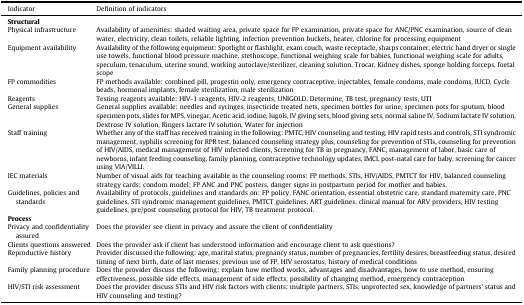
<table><thead><tr><td><b>Indicator</b></td><td><b>Definition of indicators</b></td></tr></thead><tbody><tr><td colspan="2"><b>Structural</b></td></tr><tr><td>Physical infrastructure</td><td>Availability of amenities: shaded waiting area, private space for FP examination, private space for ANC/PNC examination, source of clean water, electricity, clean toilets, reliable lighting, infection prevention buckets, heater, chlorine for processing equipment</td></tr><tr><td>Equipment availability</td><td>Availability of the following equipment: Spotlight or flashlight, exam couch, waste receptacle, sharps container, electric hand dryer or single use towels, functional blood pressure machine, stethoscope, functional weighing scale for babies, functional weighing scale for adults, speculum, tenaculum, uterine sound, working autoclave/sterilizer, cleaning solution, Trocar, Kidney dishes, sponge holding forceps, foetal scope</td></tr><tr><td>FP commodities</td><td>FP methods available: combined pill, progestin only, emergency contraceptive, injectables, female condoms, male condoms, IUCD, Cycle beads, hormonal implants, female sterilization, male sterilization</td></tr><tr><td>Reagents</td><td>Testing reagents available: HIV-1 reagents, HIV-2 reagents, UNIGOLD, Determine, TB test, pregnancy tests, UTI</td></tr><tr><td>General supplies</td><td>General supplies available: needles and syringes, insecticide treated nets, specimen bottles for urine, specimen pots for sputum, blood specimen pots, slides for MPS, vinegar, Acetic acid, iodine, lugols, IV giving sets, blood giving sets, normal saline IV, Sodium lactate IV solution, Dextrose IV solution, Ringers lactate IV solution, Water for injection</td></tr><tr><td>Staff training</td><td>Whether any of the staff has received training in the following: PMTC, HIV counseling and testing, HIV rapid tests and controls, STI syndromic management, syphilis screening for RPR test, balanced counseling strategy plus, counseling for prevention of STIs, counseling for prevention of HIV/AIDS, medical management of HIV infected clients, Screening for TB in pregnancy, FANC, management of labor, basic care of newborns, infant feeding counseling, family planning, contraceptive technology updates, IMCI, post-natal care for baby, screening for cancer using VIA/VILLI.</td></tr><tr><td>IEC materials</td><td>Number of visual aids for teaching available in the counseling rooms: FP methods, STIs, HIV/AIDS, PMTCT for HIV, balanced counseling strategy cards; condom model; FP ANC and PNC posters, danger signs in postpartum period for mother and babies.</td></tr><tr><td>Guidelines, policies and standards</td><td>Availability of protocols, guidelines and standards on: FP policy, FANC orientation, essential obstetric care, standard maternity care, PNC guidelines, STI syndromic management guidelines, PMTCT guidelines, ART guidelines, clinical manual for ARV providers, HIV testing guidelines, pre/post counseling protocol for HIV, TB treatment protocol.</td></tr><tr><td colspan="2"><b>Process</b></td></tr><tr><td>Privacy and confidentiality assured</td><td>Does the provider see client in privacy and assure the client of confidentiality</td></tr><tr><td>Clients questions answered</td><td>Does the provider ask if client has understood information and encourage client to ask questions?</td></tr><tr><td>Reproductive history</td><td>Provider discussed the following: age, marital status, pregnancy status, number of pregnancies, fertility desires, breastfeeding status, desired timing of next birth, date of last menses, previous use of FP, HIV serostatus, history of medical conditions</td></tr><tr><td>Family planning procedure</td><td>Does the provider discuss the following: explain how method works, advantages and disadvantages, how to use method, ensuring effectiveness, possible side effects, management of side effects, possibility of changing method, emergency contraception</td></tr><tr><td>HIV/STI risk assessment</td><td>Does the provider discuss STIs and HIV risk factors with clients: multiple partners, STIs, unprotected sex, knowledge of partners&#x27; status and HIV counseling and testing?</td></tr></tbody></table>